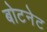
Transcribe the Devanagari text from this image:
बोटनेट